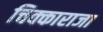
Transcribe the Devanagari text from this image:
चिक्काराजा